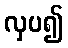
လှပ၍